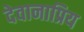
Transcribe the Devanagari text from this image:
देवानाप्रिय